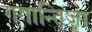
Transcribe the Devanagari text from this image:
गगान्तिजा